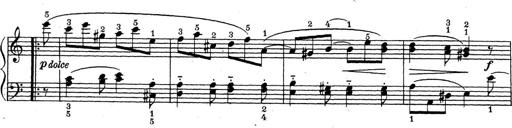
Title: ÄŒeskÃ© Sonatiny
Composer: Various